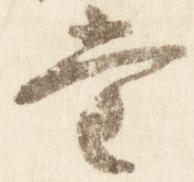
堂